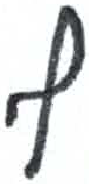
אות: ף